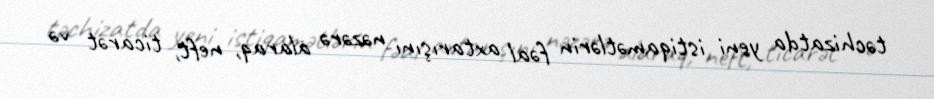
təchizatda yeni istiqamətlərin fəal axtarışını nəzərə alaraq, neft, ticarət və